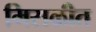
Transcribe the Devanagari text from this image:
मिसळीत